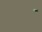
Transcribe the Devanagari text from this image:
ॱ